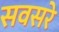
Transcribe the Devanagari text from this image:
सवसरे